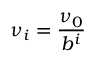
\nu _ { i } = \frac { \nu _ { 0 } } { b ^ { i } }